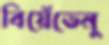
বিয়েঁভেনু